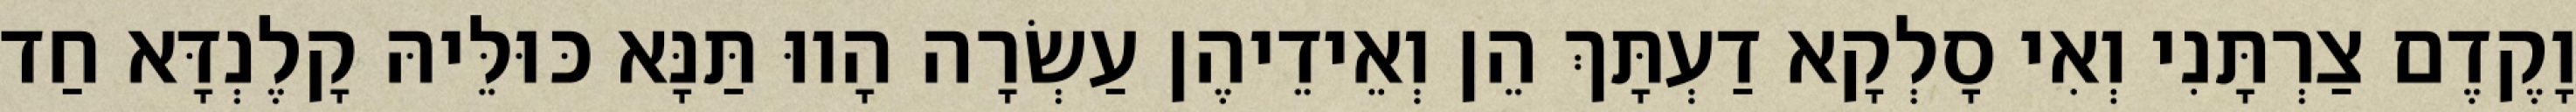
וָקֶדֶם צַרְתָּנִי וְאִי סָלְקָא דַעְתָּךְ הֵן וְאֵידֵיהֶן עַשְׂרָה הָווּ תַּנָּא כּוּלֵּיהּ קָלֶנְדָּא חַד